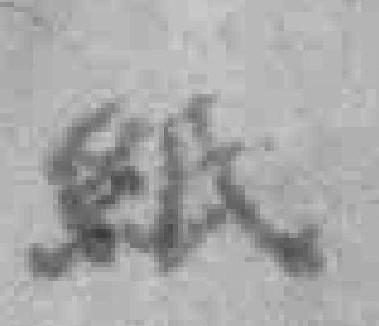
紙